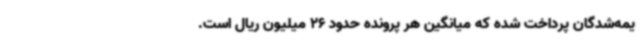
یمه‌شدگان پرداخت شده که میانگین هر پرونده حدود 26 میلیون ریال است.